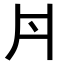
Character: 𠂁